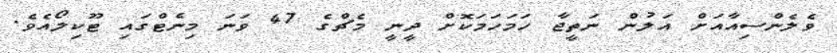
ވެލެންސިއާއަށް އަލުން ނަތީޖާ ހަމަހަމަކޮށް ދީނީ މެޗްގެ 47 ވަނަ މިނެޓްގައި ޓޫކިލޯއެވެ.